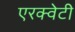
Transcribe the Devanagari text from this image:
एरक्वेटी